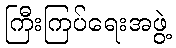
ကြီးကြပ်ရေးအဖွဲ့